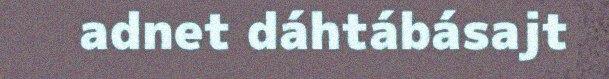
adnet dáhtábásajt